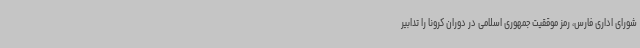
شورای اداری فارس، رمز موققیت جمهوری اسلامی در دوران کرونا را تدابیر